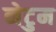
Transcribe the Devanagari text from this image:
नेटुम